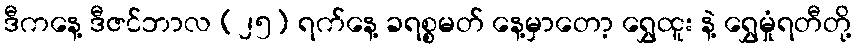
ဒီကနေ့ ဒီဇင်ဘာလ (၂၅) ရက်နေ့ ခရစ္စမတ် နေ့မှာတော့ ရွှေထူး နဲ့ ရွှေမှုံရတီတို့